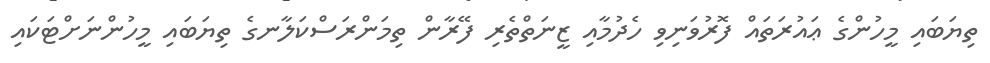
ތިޔަބައި މީހުންގެ ޢައުރަތައް ފޮރުވަނިވި ހެދުމާއި ޒީނަތްތެރި ފޭރާން ތިމަންރަސްކަލާނގެ ތިޔަބައި މީހުންނަށްޓަކައި